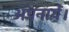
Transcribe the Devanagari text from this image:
अपनायें।